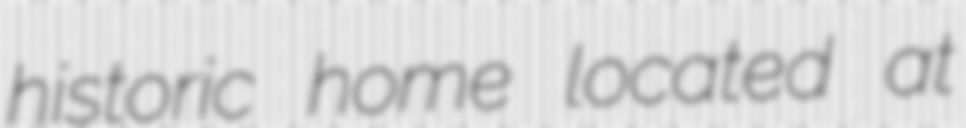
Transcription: historic home located at